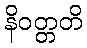
နိဝတ္တတိ